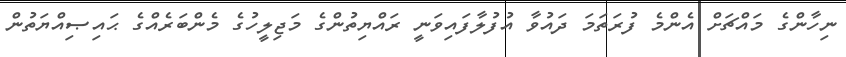
ނިހާންގެ މައްޗަށް އެންމެ ފުރަތަމަ ދައުވާ އުފުލާފައިވަނީ ރައްޔިތުންގެ މަޖިލީހުގެ މެންބަރެއްގެ ޙައިޞިއްޔަތުން